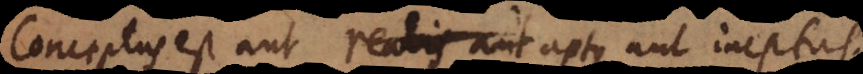
Conceptus est aut realis aut aptus aut ineptus.